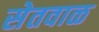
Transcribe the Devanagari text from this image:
सेतवाळ